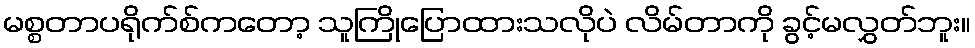
မစ္စတာပရိုက်စ်ကတော့ သူကြိုပြောထားသလိုပဲ လိမ်တာကို ခွင့်မလွှတ်ဘူး။